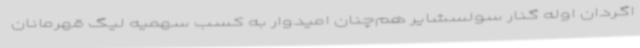
اگردان اوله گنار سولسشایر هم‌چنان امیدوار به کسب سهمیه لیگ قهرمانان